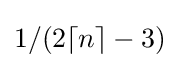
1/(2\lceil n\rceil -3)